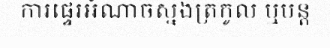
ការផ្ទេរអំណាចស្នងត្រកូល ឬបន្ត